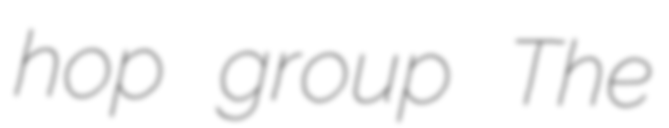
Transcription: hop group The